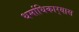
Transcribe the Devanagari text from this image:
धर्माधिकार्‍यास